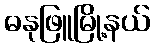
ဓနုဖြူမြို့နယ်